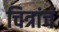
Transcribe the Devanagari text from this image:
चित्रांचं